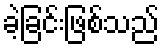
ခဲ့ခြင်းဖြစ်သည်